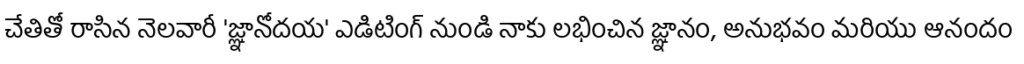
చేతితో రాసిన నెలవారీ 'జ్ఞానోదయ' ఎడిటింగ్ నుండి నాకు లభించిన జ్ఞానం, అనుభవం మరియు ఆనందం